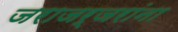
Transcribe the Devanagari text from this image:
जराजर्जरांना